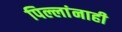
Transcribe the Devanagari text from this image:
पिल्लांनाही